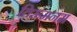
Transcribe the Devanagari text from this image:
तिरूमनम